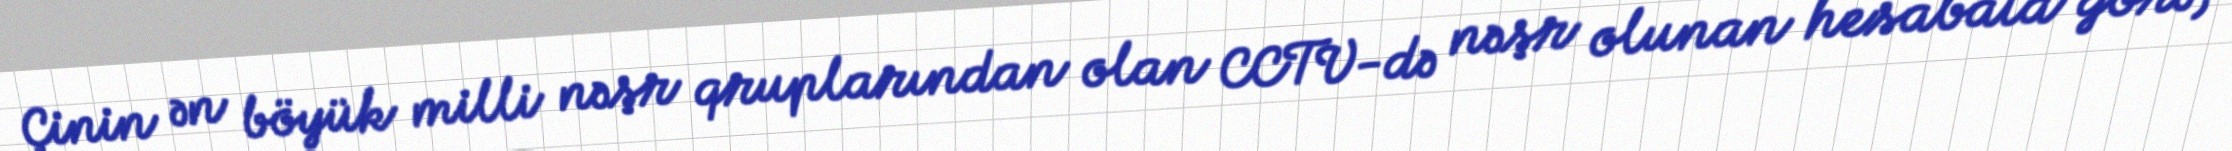
Çinin ən böyük milli nəşr qruplarından olan CCTV-də nəşr olunan hesabata görə,